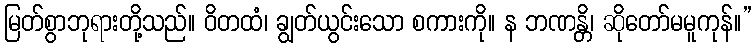
မြတ်စွာဘုရားတို့သည်။ ဝိတထံ၊ ချွတ်ယွင်းသော စကားကို။ န ဘဏန္တိ၊ ဆိုတော်မမူကုန်။”